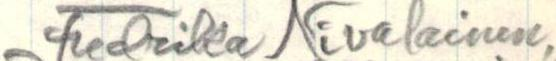
Fredrika Nivalainen,